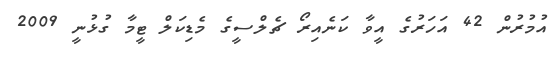
އުމުރުން 42 އަހަރުގެ އީވާ ކަނެއިރޯ ޗެލްސީގެ މެޑިކަލް ޓީމާ ގުޅުނީ 2009